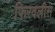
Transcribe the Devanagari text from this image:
फिरवलीस